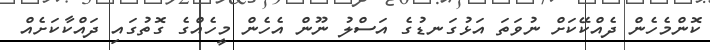
ކޮންމެހެން ދެއްކޭކަށް ނުވަތަ އަޅުގަނޑުގެ އަސްލު ނޫން އެހެން މީހެއްގެ ގޮތުގައި ދައްކާކަށެއް